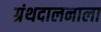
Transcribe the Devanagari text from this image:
ग्रंथदालनाला